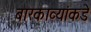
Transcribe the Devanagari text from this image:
बारकाव्यांकडे